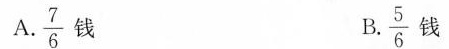
A.\frac{7}{6}钱 B. \frac{5}{6} 钱